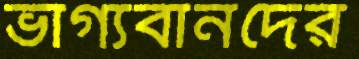
ভাগ্যবানদের